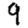
Digit: 9